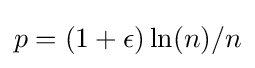
p=(1+\epsilon )\ln(n)/n